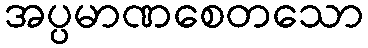
အပ္ပမာဏစေတသော